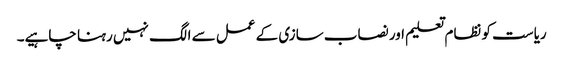
ریاست کو نظام تعلیم اور نصاب سازی کے عمل سے الگ نہیں رہنا چاہیے۔